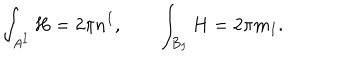
LaTeX: \int _ { A ^ { I } } H = 2 \pi n ^ { I } , \qquad \int _ { B _ { I } } H = 2 \pi m _ { I } .